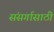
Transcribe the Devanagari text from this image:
संसर्गासाठी